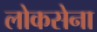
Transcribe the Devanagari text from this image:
लोकसेना